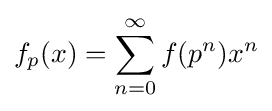
f_{p}(x)=\sum _{n=0}^{\infty }f(p^{n})x^{n}